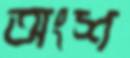
অংশ